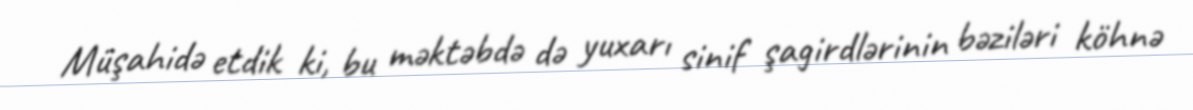
Müşahidə etdik ki, bu məktəbdə də yuxarı sinif şagirdlərinin bəziləri köhnə